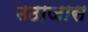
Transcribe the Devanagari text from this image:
उठाजास